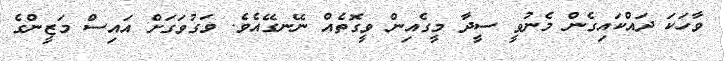
ވާހަކަ ދައްކައިގެން މެނުވީ ސީދާ މީގެއިން ވީގޮތެއް ނޭނގޭއެވެ. ވަގުވަގަށް އައިސް މަޒީންގެ